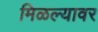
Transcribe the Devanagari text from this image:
मिळल्यावर